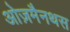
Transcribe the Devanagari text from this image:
ओज़मैनथस